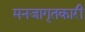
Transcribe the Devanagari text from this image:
मनजागृतकारी